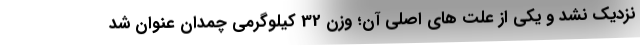
نزدیک نشد و یکی از علت های اصلی آن؛ وزن 32 کیلوگرمی چمدان عنوان شد